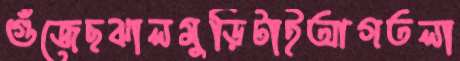
গুঁজেছঝালমুড়িটাইআগতলা